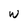
Character: W